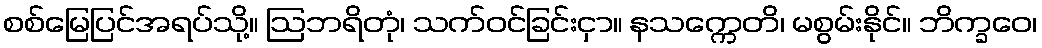
စစ်မြေပြင်အရပ်သို့။ ဩဘရိတုံ၊ သက်ဝင်ခြင်းငှာ။ နသက္ကေတိ၊ မစွမ်းနိုင်။ ဘိက္ခဝေ၊